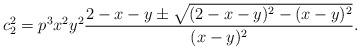
LaTeX: \begin{align*}c_{2}^2=p^{3} x^2 y^2 \frac{2-x-y \pm \sqrt{(2-x-y)^2-(x-y)^2}}{(x-y)^2}.\end{align*}